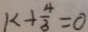
k + \frac { 4 } { 3 } = 0